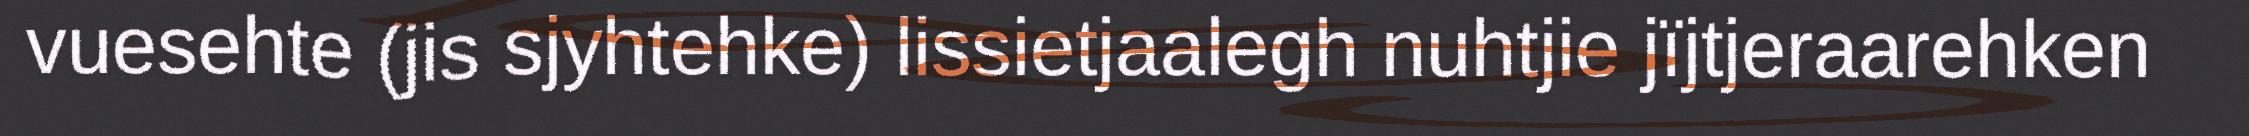
vuesehte (jis sjyhtehke) lissietjaalegh nuhtjie jïjtjeraarehken